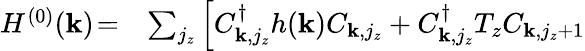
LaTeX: \begin{array}{rl}{H^{(0)}({\mathbf k})\! =\! }&{{}\sum_{j_{z}}\left[C_{{\mathbf k},j_{z}}^{\dagger}h({\mathbf k})C_{{\mathbf k},j_{z}}+C_{{\mathbf k},j_{z}}^{\dagger}T_{z}C_{{\mathbf k},j_{z}+1}\right.}\end{array}